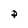
Character: p